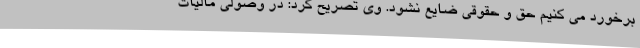
برخورد می کنیم حق و حقوقی ضایع نشود. وی تصریح کرد: در وصولی مالیات